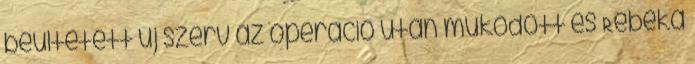
beültetett új szerv az operáció után működött és Rebeka